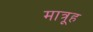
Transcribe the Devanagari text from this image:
मात्रूह